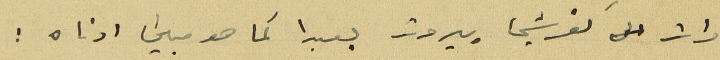
مرات كفرشيما بيروت بعبدا كما هو مبين ادناه